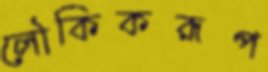
লৌকিকরূপ